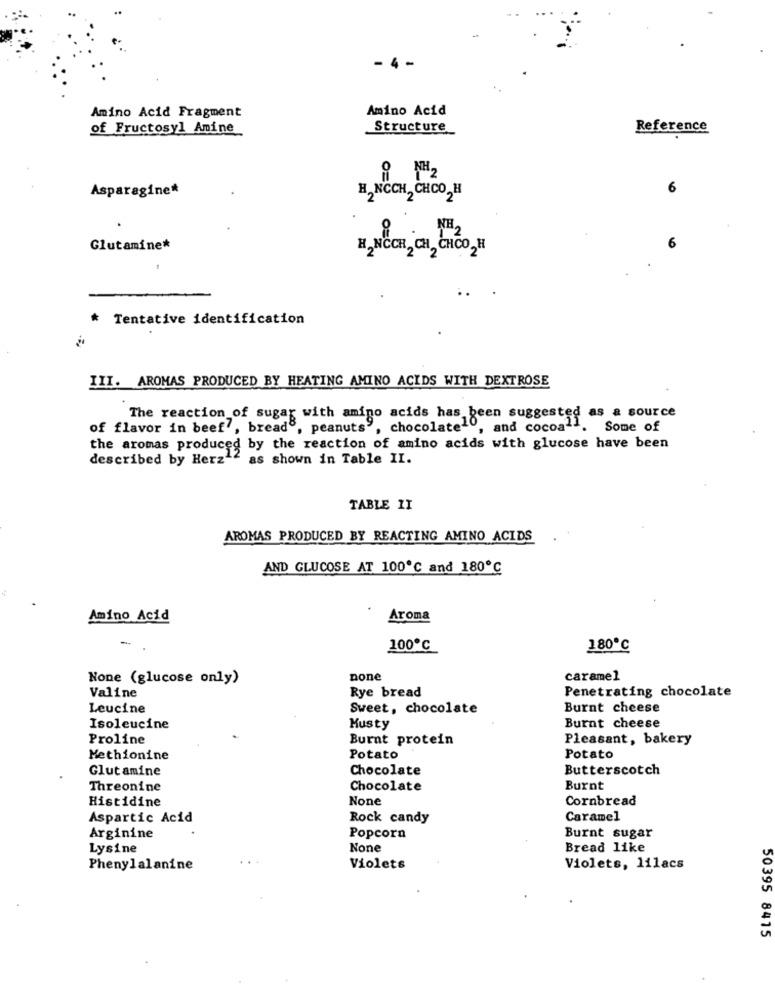
- 4
Amino Acid Fragment
Amino Acid
of Fructosyl Amine
Structure
Reference
Asparagine*
6
H,NCCH2 CHCO2H
6
Glutamine*
* Tentative identification
III. AROMAS PRODUCED BY HEATING AMINO ACIDS WITH DEXTROSE
The reaction of sugar with amigo acids has been suggested as a source
of flavor in beef , bread8.
de, peanuts", chocolate"",
10, and cocoall. Some of
the aromas produced by the reaction of amino acids with glucose have been
described by Herz12 as shown in Table II.
TABLE II
AROMAS PRODUCED BY REACTING AMINO ACIDS
AND GLUCOSE AT 100℃ and 180℃
Amino Acid
Aroma
-
100℃
180℃
None (glucose only)
none
caramel
Valine
Rye bread
Penetrating chocolate
Leucine
Sweet, chocolate
Burnt cheese
Isoleucine
Musty
Burnt cheese
Proline
Burnt protein
Pleasant, bakery
Methionine
Potato
Potato
Glutamine
Chocolate
Butterscotch
Threonine
Chocolate
Burnt
Cornbread
Histidine
Aspartic Acid
Rock candy
Caramel
Arginine
Popcorn
Burnt sugar
Lysine
Bread like
Phenylalanine
Violets
Violets, lilacs
50395 8415